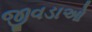
જીવડાઓ